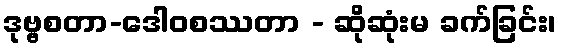
ဒုဗ္ဗစတာ-ဒေါဝစဿတာ - ဆိုဆုံးမ ခက်ခြင်း၊